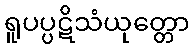
ရူပပ္ပဋိသံယုတ္တော